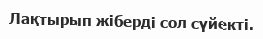
Лақтырып жіберді сол сүйекті.